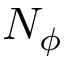
N _ { \phi }